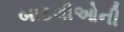
બાટલીઓની